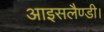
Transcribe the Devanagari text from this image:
आइसलैण्डी।